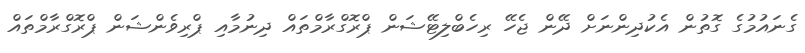
ގެނައުމުގެ ގޮތުން އެކުދިންނަށް ދޭން ޖެހޭ ރިހެބްލިޓޭޝަން ޕްރޮގްރާމްތައް ދިނުމާއި ޕްރިވެންޝަން ޕްރޮގްރާމްތައް